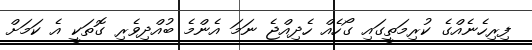
ފިރިހެނެއްގެ ކުރިމަތީގައި ގޯހެއް ހެދިއްޖެ ނަމަ އެންމެ ބުއްދިވެރި ގޮތަކީ އެ ކަމަށް